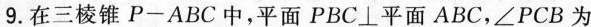
9.在三棱锥P-ABC中，$$平 面 P B C ⊥ 平 面 A B C$$，∠PCB为